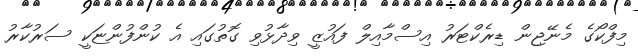
މިފްކޯގެ މެނޭޖިން ޑިރެކްޓަރު އިސްމާއިލް ފައުޒީ ވިދާޅުވި ގޮތުގައި އެ ކުންފުންޏަކީ ސަރުކާރު